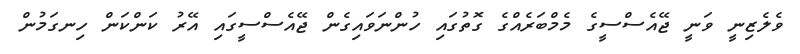
ވެލެޒިނީ ވަނީ ޖޭއެސްސީގެ މެމްބަރެއްގެ ގޮތުގައި ހުންނަވައިގެން ޖޭއެސްސީގައި އޭރު ކަންކަން ހިނގަމުން